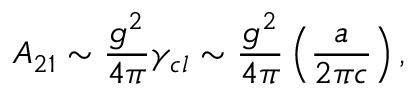
A _ { 2 1 } \sim \frac { g ^ { 2 } } { 4 \pi } \gamma _ { c l } \sim \frac { g ^ { 2 } } { 4 \pi } \left( \frac { a } { 2 \pi c } \right) ,